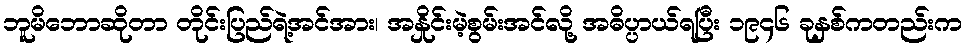
ဘူမိဘောဆိုတာ တိုင်းပြည်ရဲ့အင်အား၊ အနှိုင်းမဲ့စွမ်းအင်လို့ အဓိပ္ပာယ်ရပြီး ၁၉၄၆ ခုနှစ်ကတည်းက